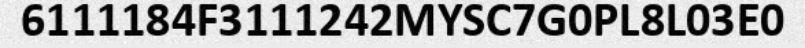
6111184F3111242MYSC7G0PL8L03E0